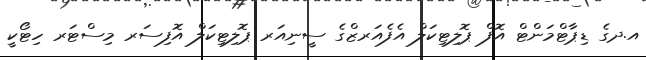
އ.ދގެ ޑިޕާޓްމަންޓް އޮފް ޕޮލިޓިކަލް އެފެއަރޒްގެ ސީނިއަރ ޕޮލިޓިކަލް އޮފިސަރ މިސްޓަރ ހިޓޯކީ